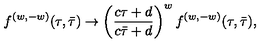
{ f ^ { ( w , - w ) } ( \tau , \bar { \tau } ) \to \left( { \frac { c \tau + d } { c \bar { \tau } + d } } \right) ^ { w } f ^ { ( w , - w ) } ( \tau , \bar { \tau } ) , }